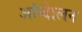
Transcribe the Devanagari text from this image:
आंन्देालन